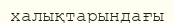
халықтарындағы